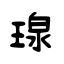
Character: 瑔